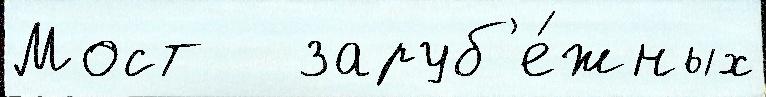
Мост   заруб'е́жных